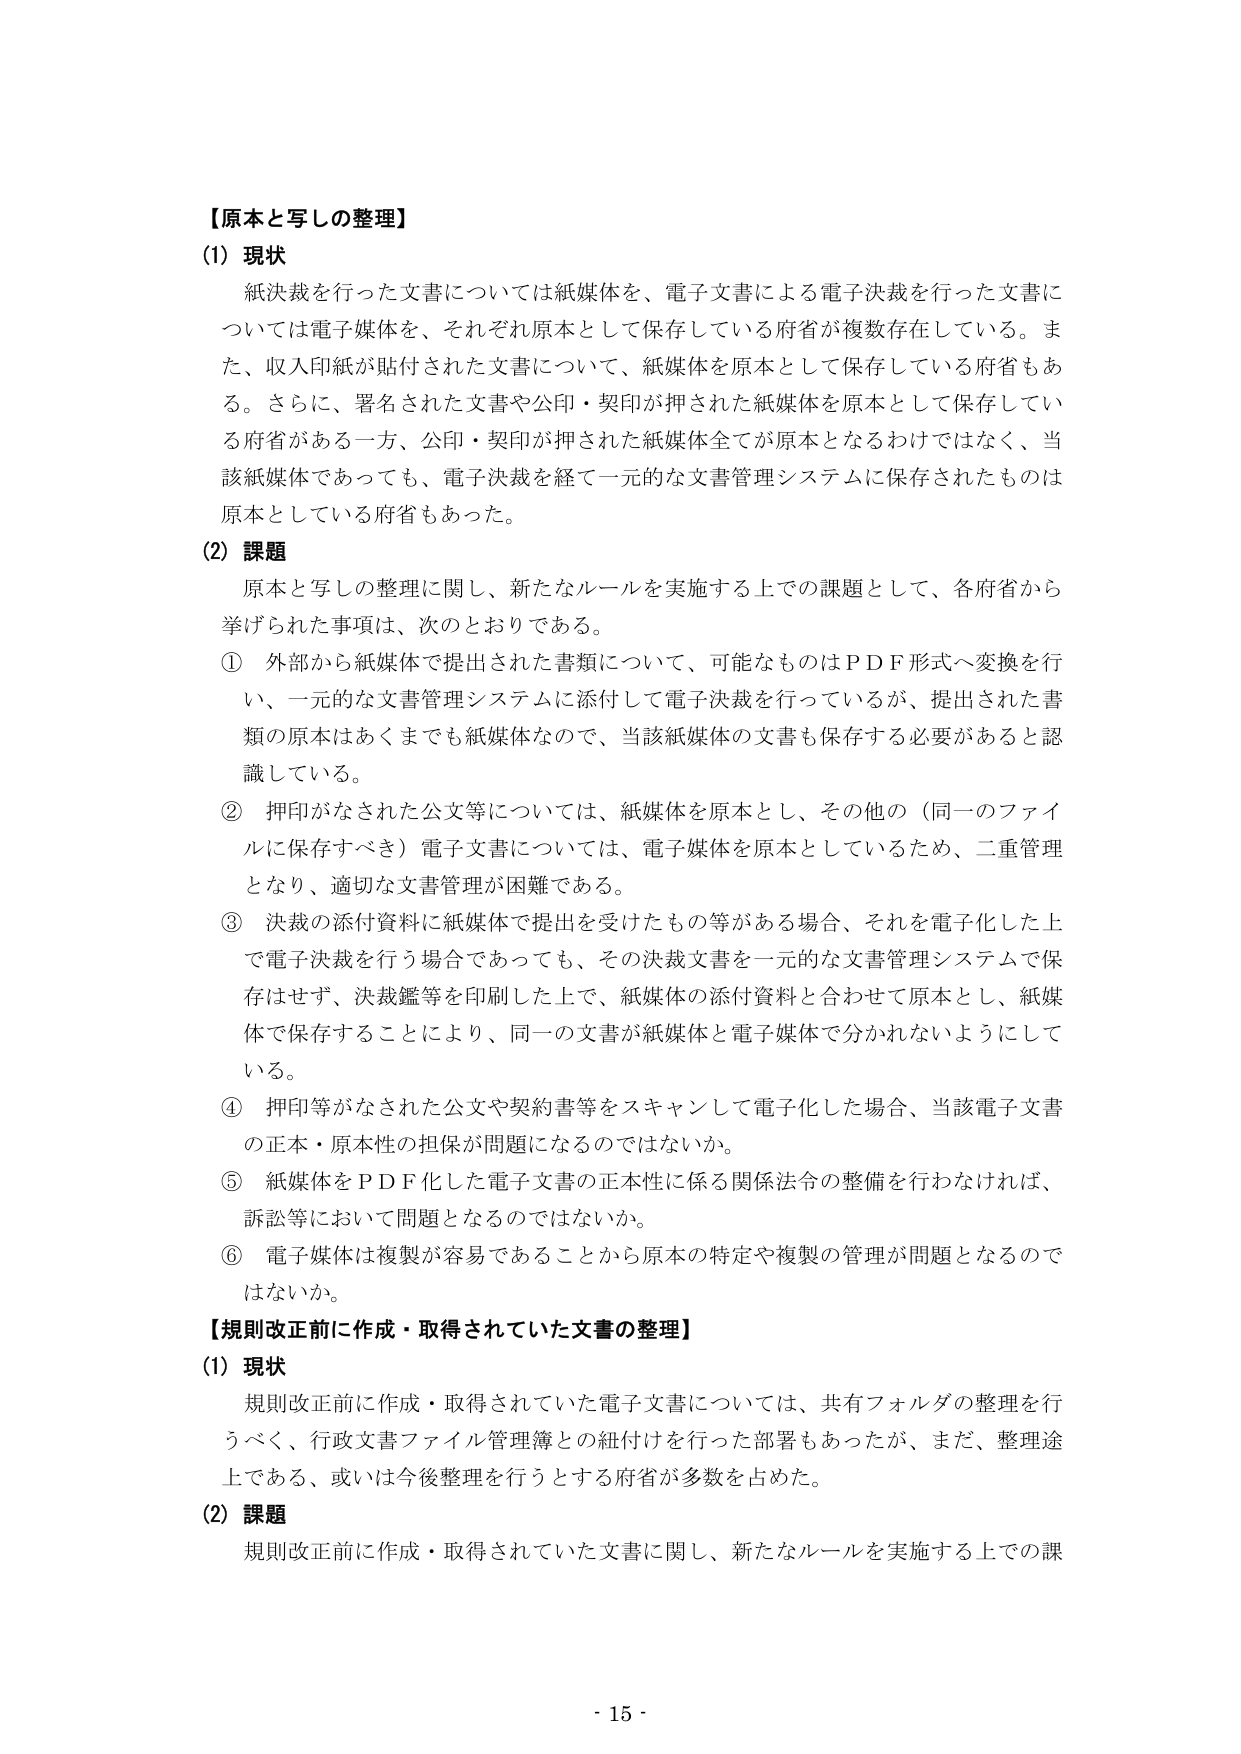
【原本と写しの整理】
(1) 現状
　紙決裁を行った文書については紙媒体を、電子文書による電子決裁を行った文書については電子媒体を、それぞれ原本として保存している府省が複数存在している。また、収入印紙が貼付された文書について、紙媒体を原本として保存している府省もある。さらに、署名された文書や公印・契印が押された紙媒体を原本として保存している府省がある一方、公印・契印が押された紙媒体全てが原本となるわけではなく、当該紙媒体であっても、電子決裁を経て一元的な文書管理システムに保存されたものは原本としている府省もあった。

(2) 課題
　原本と写しの整理に関し、新たなルールを実施する上での課題として、各府省から挙げられた事項は、次のとおりである。
① 外部から紙媒体で提出された書類について、可能なもののはＰＤＦ形式へ変換を行い、一元的な文書管理システムに添付して電子決裁を行っているが、提出された書類の原本はあくまでも紙媒体なので、当該紙媒体の文書も保存する必要があると認識している。
② 押印がなされた公文等については、紙媒体を原本とし、その他の（同一のファイルに保存すべき）電子文書については、電子媒体を原本としているため、二重管理となり、適切な文書管理が困難である。
③ 決裁の添付資料に紙媒体で提出を受けたもの等がある場合、それを電子化した上で電子決裁を行う場合であっても、その決裁文書を一元的な文書管理システムで保存はせず、決裁鑑等を印刷した上で、紙媒体の添付資料と合わせて原本とし、紙媒体で保存することにより、同一の文書が紙媒体と電子媒体で分かれないようにしている。
④ 押印等がなされた公文や契約書等をスキャンして電子化した場合、当該電子文書の正本・原本性の担保が問題になるのではないか。
⑤ 紙媒体をＰＤＦ化した電子文書の正本性に係る関係法令の整備を行わなければ、訴訟等において問題となるのではないか。
⑥ 電子媒体は複製が容易であることから原本の特定や複製の管理が問題となるのではないか。

【規則改正前に作成・取得されていた文書の整理】
(1) 現状
　規則改正前に作成・取得されていた電子文書については、共有フォルダの整理を行うべく、行政文書ファイル管理簿との紐付けを行った部署もあったが、まだ、整理途上である、或いは今後整理を行うとする府省が多数を占めた。

(2) 課題
　規則改正前に作成・取得されていた文書に関し、新たなルールを実施する上での課

- 15 -